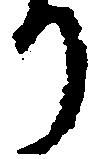
り